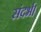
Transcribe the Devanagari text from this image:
संदर्भ।